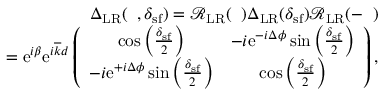
\begin{array} { r l r } & { } & { { \Delta } _ { \mathrm { L R } } ( { \it \Delta \phi } , \delta _ { \mathrm { s f } } ) = \mathcal { R } _ { \mathrm { L R } } ( { \it \Delta \phi } ) { \Delta } _ { \mathrm { L R } } ( \delta _ { \mathrm { s f } } ) \mathcal { R } _ { \mathrm { L R } } ( - { \it \Delta \phi } ) } \\ & { } & { = \mathrm { e } ^ { i \beta } \mathrm { e } ^ { i \overline { { k } } d } \left( \begin{array} { c c } { \cos \left( \frac { \delta _ { \mathrm { s f } } } { 2 } \right) } & { - i \mathrm { e } ^ { - i \Delta \phi } \sin \left( \frac { \delta _ { \mathrm { s f } } } { 2 } \right) } \\ { - i \mathrm { e } ^ { + i \Delta \phi } \sin \left( \frac { \delta _ { \mathrm { s f } } } { 2 } \right) } & { \cos \left( \frac { \delta _ { \mathrm { s f } } } { 2 } \right) } \end{array} \right) , } \end{array}